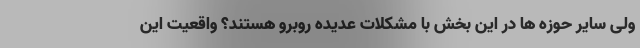
ولی سایر حوزه ها در این بخش با مشکلات عدیده روبرو هستند؟ واقعیت این